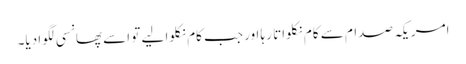
امریکہ صدام سے کام نکلواتا رہا اور جب کام نکلوا لیے تو اسے پھانسی لگوا دیا۔